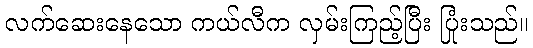
လက်ဆေးနေသော ကယ်လီက လှမ်းကြည့်ပြီး ပြုံးသည်။